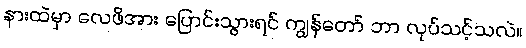
နားထဲမှာ လေဖိအား ပြောင်းသွားရင် ကျွန်တော် ဘာ လုပ်သင့်သလဲ။